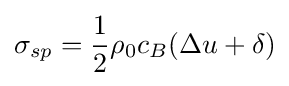
\sigma _{sp}={\frac {1}{2}}\rho _{0}c_{B}(\Delta u+\delta )